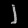
Digit: ၂